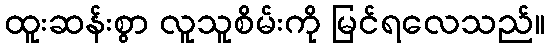
ထူးဆန်းစွာ လူသူစိမ်းကို မြင်ရလေသည်။